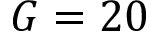
G = 2 0